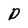
Character: D